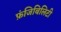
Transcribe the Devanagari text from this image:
फ़ंजिबिलिटी